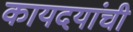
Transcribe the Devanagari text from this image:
कायदयांची